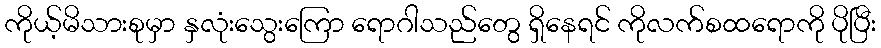
ကိုယ့်မိသားစုမှာ နှလုံးသွေးကြော ရောဂါသည်တွေ ရှိနေရင် ကိုလက်စထရောကို ပိုပြီး